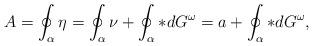
LaTeX: \begin{align*}A= \oint_\alpha \eta = \oint_\alpha \nu+ \oint_\alpha *dG^\omega=a + \oint_\alpha *dG^\omega,\end{align*}